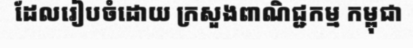
ដែលរៀបចំដោយ ក្រសួងពាណិជ្ជកម្ម កម្ពុជា